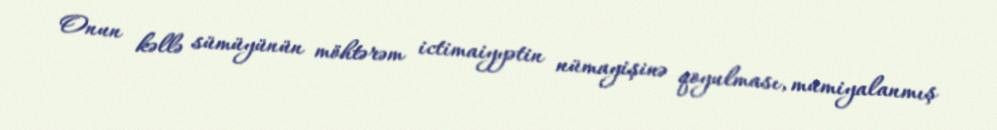
Onun kəllə sümüyünün möhtərəm ictimaiyyətin nümayişinə qoyulması, mumiyalanmış